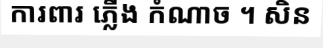
ការពារ ភ្លើង កំណាច ។ សិន